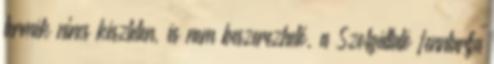
termék nincs készleten, és nem beszerezhető, a Szolgáltató fenntartja